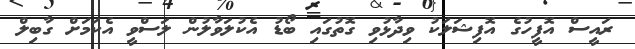
ރައީސް އޮފީހުގެ އޮފިޝަލަކު ވިދާޅުވި ގޮތުގައި ބޯޑު އެކުލަވާލުން ލަސްވީ އެކަމަށް ގާބިލް